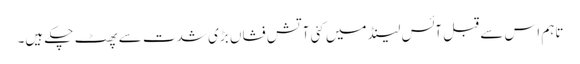
تاہم اس سے قبل آئس لینڈ میں کئی آتش فشاں بڑی شدت سے پھٹ چکے ہیں۔